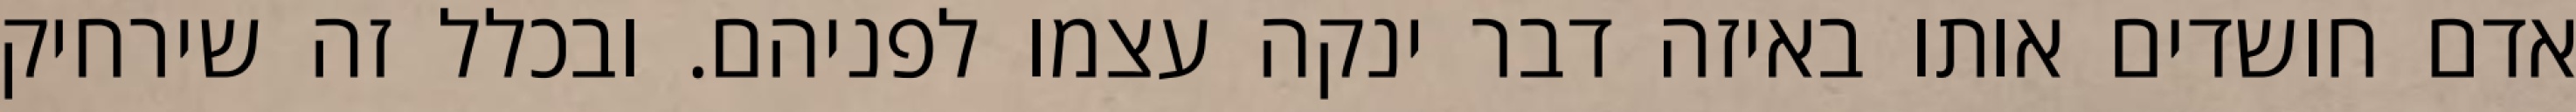
אדם חושדים אותו באיזה דבר ינקה עצמו לפניהם. ובכלל זה שירחיק